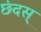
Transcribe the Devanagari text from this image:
छंदस्